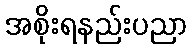
အစိုးရနည်းပညာ